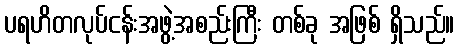
ပရဟိတလုပ်ငန်းအဖွဲ့အစည်းကြီး တစ်ခု အဖြစ် ရှိသည်။